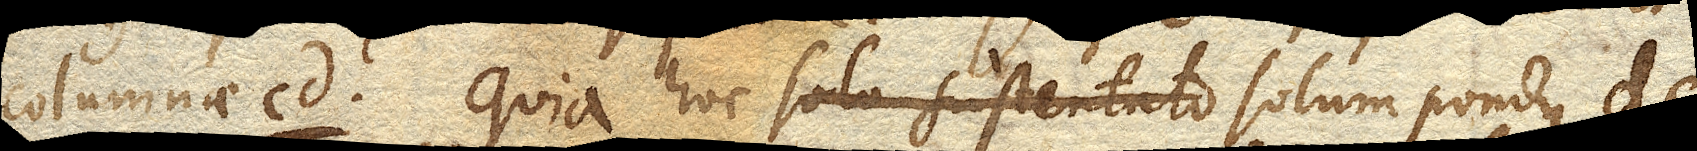
columnae cd. Quia hoc solo sustentato solum pondus dc.